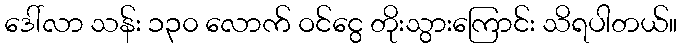
ဒေါ်လာ သန်း ၁၃၀ လောက် ဝင်ငွေ တိုးသွားကြောင်း သိရပါတယ်။